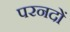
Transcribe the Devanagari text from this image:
परनदों